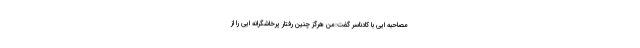
مصاحبه ایی با کادناسر گفت:من هرگز چنین رفتار پرخاشگرانه ایی را از